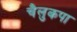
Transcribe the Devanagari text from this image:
चैलुकपा